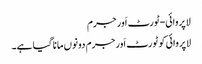
لاپروائی-ٹورٹ اَور جرم
لاپروائی کو ٹورٹ اَور جرم دونوں مانا گیا ہے۔